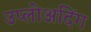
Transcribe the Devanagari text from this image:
उप्लोअदिंग